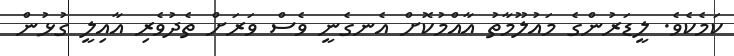
ކަމެކެވެ. ލީޑަރުންގެ މައުލޫމާތު އާއްމުކޮށް އެނގެނީ ވެސް ވަރަށް ތެދުވެރި އާއިލީ ގުޅުން